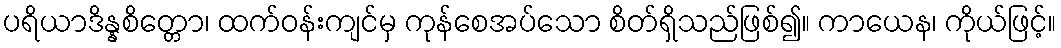
ပရိယာဒိန္နစိတ္တော၊ ထက်ဝန်းကျင်မှ ကုန်စေအပ်သော စိတ်ရှိသည်ဖြစ်၍။ ကာယေန၊ ကိုယ်ဖြင့်။